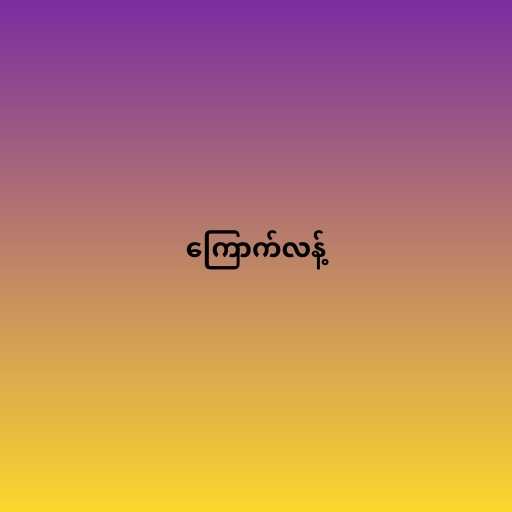
ကြောက်လန့်